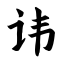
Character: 讳